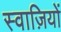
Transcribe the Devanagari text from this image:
स्वाज़ियों